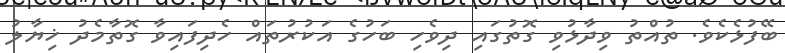
ބޭފުޅެކެވެ. ތުއްތު ވިދާޅުވި ގޮތުގައި ދިވެހި ބަހުގެ އަކުރުތައް ހެދިފައިވާ ގޮތާމެދު ޚިޔާލު